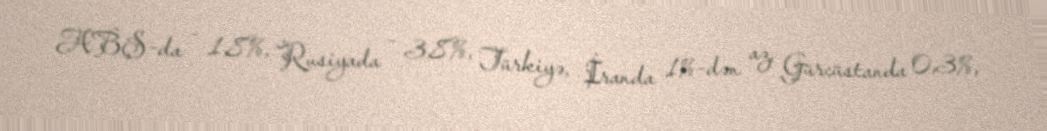
ABŞ-da - 1,8%, Rusiyada - 3,8%, Türkiyə, İranda 1%-dən az, Gürcüstanda 0,3%,